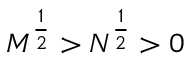
M ^ { \frac { 1 } { 2 } } > N ^ { \frac { 1 } { 2 } } > 0